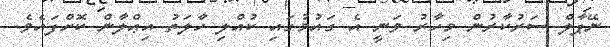
ނޭޕާލް ސަރުކާރުން މިހާރު ވަނީ އެ ގައުމުގައި ކުއްލި ހާލަތު އިޢްލާން ކޮށްފައެވެ.